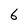
Character: 6